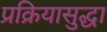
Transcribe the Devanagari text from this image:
प्रक्रियासुद्धा